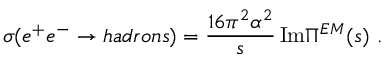
\sigma ( e ^ { + } e ^ { - } \rightarrow h a d r o n s ) = { \frac { 1 6 \pi ^ { 2 } \alpha ^ { 2 } } { s } } \, \mathrm { I m } \Pi ^ { E M } ( s ) \ . \nonumber